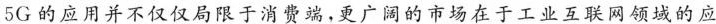
5G的应用并不仅仅局限于消费端，更广阔的市场在于工业互联网领域的应